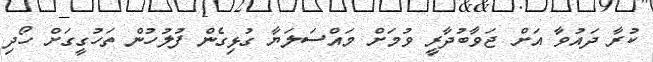
ކުރާ ދައުވާ އަށް ޖަވާބުދާރީ ވުމަށް މައްސަލަޔާ ގުޅިގެން ފުލުހުން ތަހުގީގަށް ހޯދި